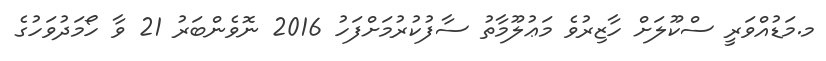
މ.މަޑުއްވަރީ ސްކޫލަށް ހާޒިރުވެ މަޢުލޫމާތު ސާފުކުރުމަށްފަހު 2016 ނޮވެންބަރު 21 ވާ ހޯމަދުވަހުގެ